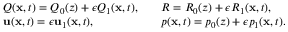
\begin{array} { r l r l } & { Q ( \mathbf { x } , t ) = Q _ { 0 } ( z ) + \epsilon Q _ { 1 } ( \mathbf { x } , t ) , } & & { R = R _ { 0 } ( z ) + \epsilon R _ { 1 } ( \mathbf { x } , t ) , } \\ & { \mathbf { u } ( \mathbf { x } , t ) = \epsilon \mathbf { u } _ { 1 } ( \mathbf { x } , t ) , } & & { p ( \mathbf { x } , t ) = p _ { 0 } ( z ) + \epsilon p _ { 1 } ( \mathbf { x } , t ) . } \end{array}